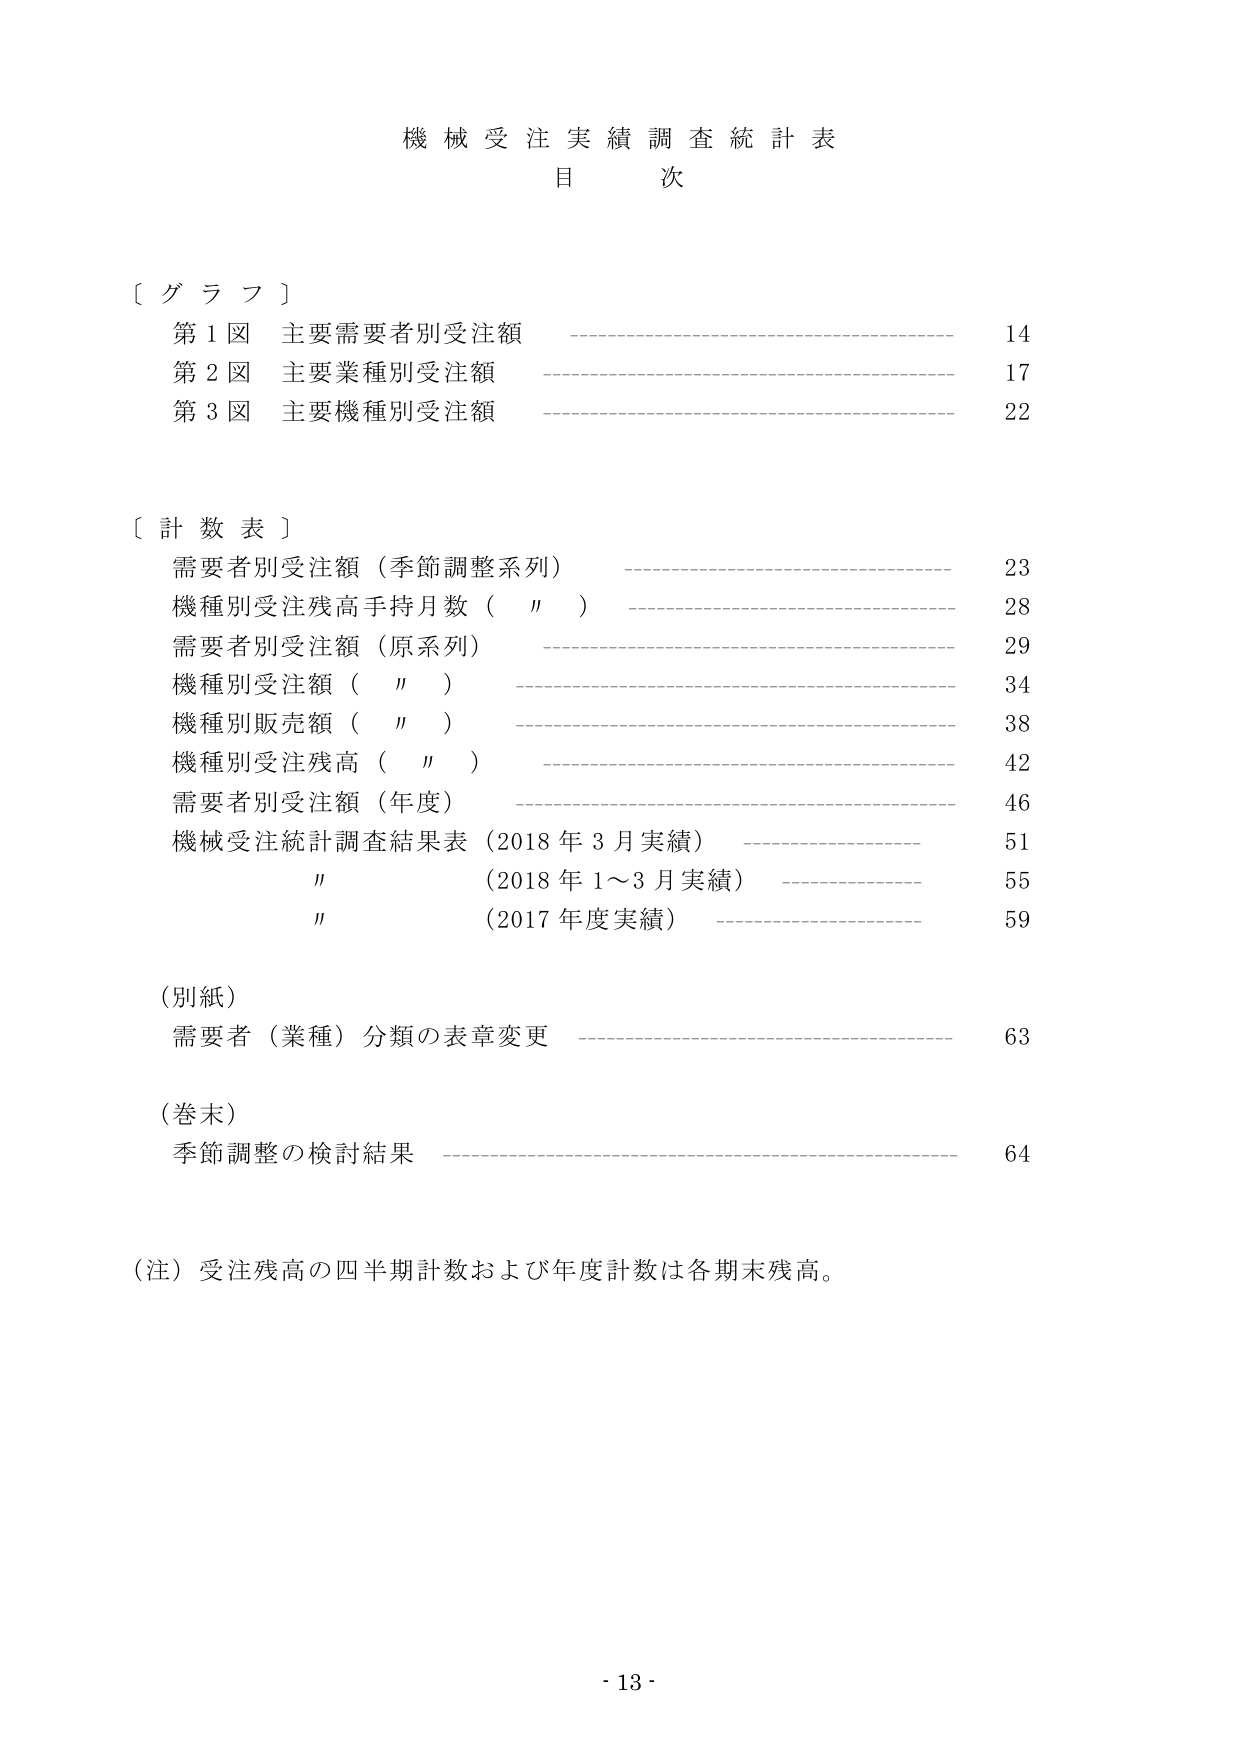
機械受注実績調査統計表
目次

〔グラフ〕
第1図 主要需要者別受注額 ———————————————————— 14
第2図 主要業種別受注額 ———————————————————— 17
第3図 主要機種別受注額 ———————————————————— 22

〔計数表〕
需要者別受注額（季節調整系列） ———————————————————— 23
機種別受注残高手持月数（〃） ———————————————————— 28
需要者別受注額（原系列） ———————————————————— 29
機種別受注額（〃） ———————————————————— 34
機種別販売額（〃） ———————————————————— 38
機種別受注残高（〃） ———————————————————— 42
需要者別受注額（年度） ———————————————————— 46
機械受注統計調査結果表（2018年3月実績） ———————————————————— 51
〃 （2018年1～3月実績） ———————————————————— 55
〃 （2017年度実績） ———————————————————— 59

（別紙）
需要者（業種）分類の表章変更 ———————————————————— 63

（巻末）
季節調整の検討結果 ———————————————————— 64

（注）受注残高の四半期計数および年度計数は各期末残高。

- 13 -